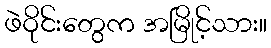
ဖဲဝိုင်းတွေက အမြိုင့်သား။